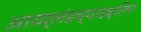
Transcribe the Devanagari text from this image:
आयर्लंडच्याडब्लिन